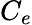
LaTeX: C_{e}